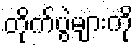
တိုက်ပွဲများကို